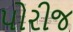
પોરીજ